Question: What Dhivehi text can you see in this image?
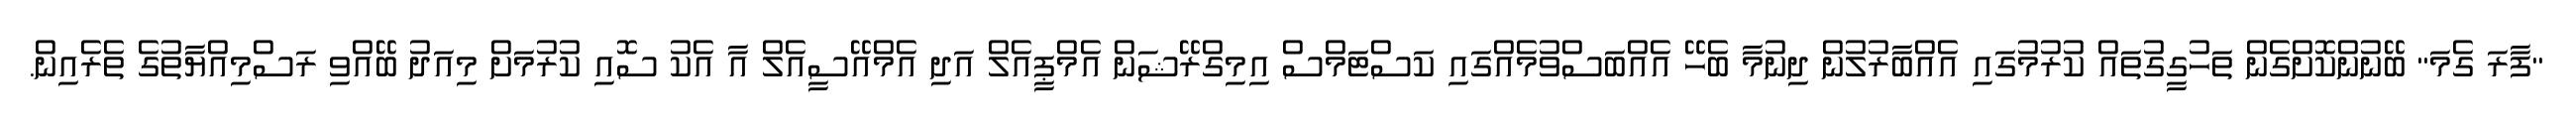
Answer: "ފާރަ ގެމަ" ބޭނުންކޮށްގެން ތަހުގީގުތައް ކުރުމުގައި އެއްބާރުލުން ދިނުމާ ބެހޭ އެއްބަސްވުމެއްގައި ކަސްޓަމްސް އިމިގްރޭޝަން އެމްޕީއެލް އަދި އެމްއޭސީއެލް އާ އެކު ސޮއި ކުރުމަށް މިއަދު ބޭއްވި ރަސްމިއްޔާތުގެ ތެރެއިން.